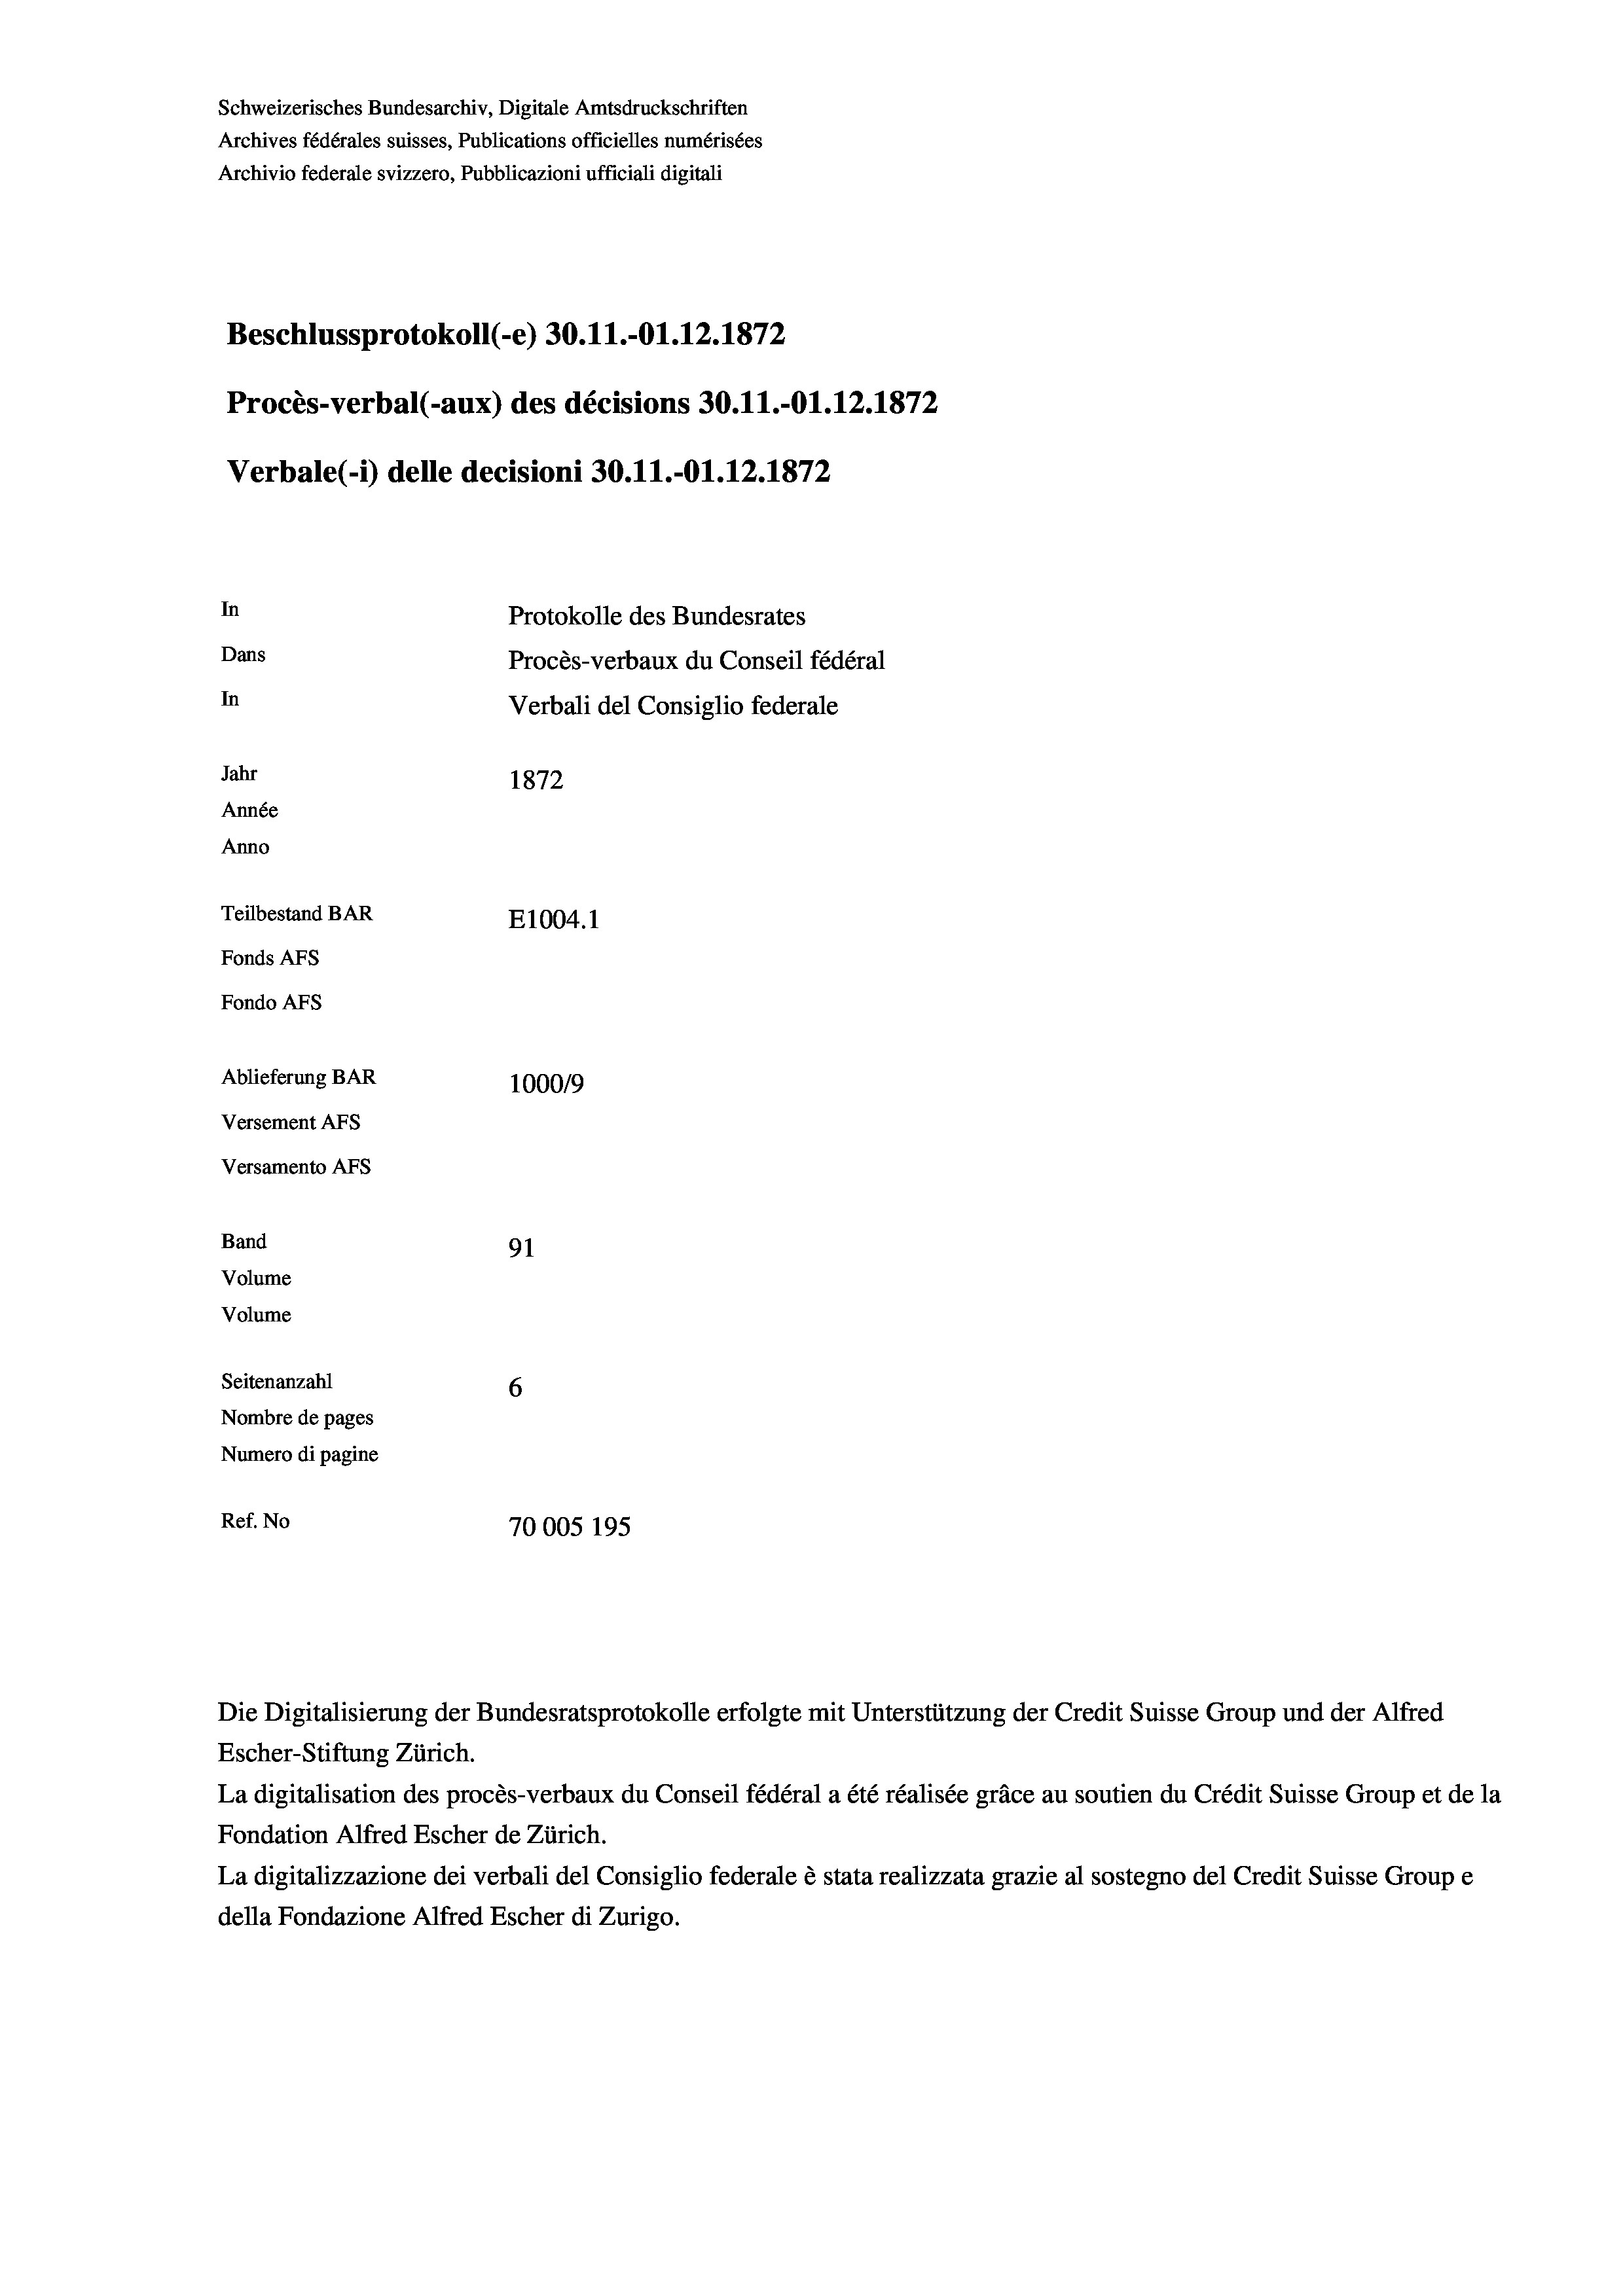
Schweizerisches Bundesarchiv, Digitale Amtsdruckschriften
Archives fédérales suisses, Publications officielles numérisées
Archivio federale svizzero, Pubblicazioni ufficiali digitali
Beschlussprotokoll (-e) 30.11.-O1.12.1872
Procès-verbal (-aux) des décisions 30.11.-O1.12.1872
Verbale(*) delle decisioni 30.11.-O1.12.1872
In
Protokolle des Bundesrates
Dans
Procès-verbaux du Conseil fédéral
In
Verbali del Consiglio federale
Jahr
1872
Année
Anno
Teilbestand BAR
E1004. 1
Fonds Afs
Fondo AFS
Ablieferung BAR
100019
Versement AFs
Versamento AFs
Band
91
Volume
Volume
Seitenanzahl
6
Nombre de pages
Numero di pagine
Ref. No
70005 195

Escher-Stiftung Zürich.
La digitalisation des procès-verbaux du Conseil fédéral a été réalisée gräce au soutien du Crédit Suisse Group et de la
Fondation Alfred Escher de Zürich.
La digitalizzazione dei verbali del Consiglio federale è stata realizzata grazie al sostegno del Credit Suisse Groupe
della Fondazione Alfred Escher di Zurigo.

Die Digitalisierung der Bundesratsprotokolle erfolgte mit Unterstützung der Credit Suisse Group und der Alfred